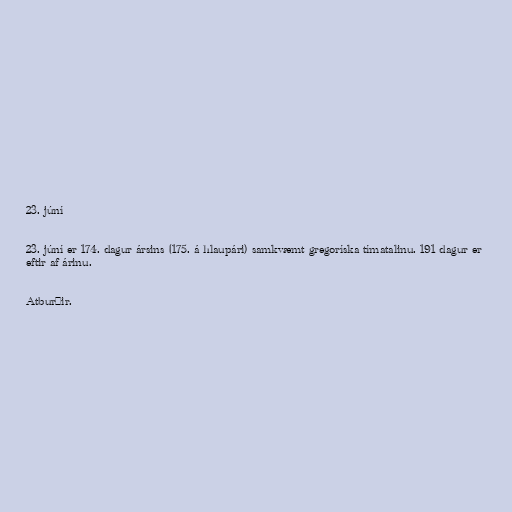
23. júní

23. júní er 174. dagur ársins (175. á hlaupári) samkvæmt gregoríska tímatalinu. 191 dagur er
eftir af árinu.

Atburðir.